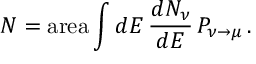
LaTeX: N = \mathrm { a r e a } \int d E \, { \frac { d N _ { \nu } } { d E } } \, P _ { \nu \to \mu } \, .